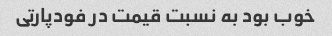
خوب بود به نسبت قیمت در فودپارتی